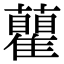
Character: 𧄒